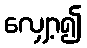
လျှော့၍